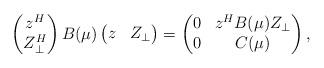
LaTeX: \begin{align*}\begin{pmatrix}z^{H} \\Z_{\bot}^{H} \\\end{pmatrix}B(\mu)\begin{pmatrix}z & Z_{\bot} \\\end{pmatrix}=\begin{pmatrix}0 & z^{H}B(\mu)Z_{\bot}\\0 & C(\mu) \\\end{pmatrix},\end{align*}